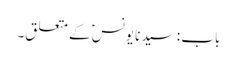
باب : سیدنا یونسؑ کے متعلق۔